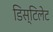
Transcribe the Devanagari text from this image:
डिस्टिलेट